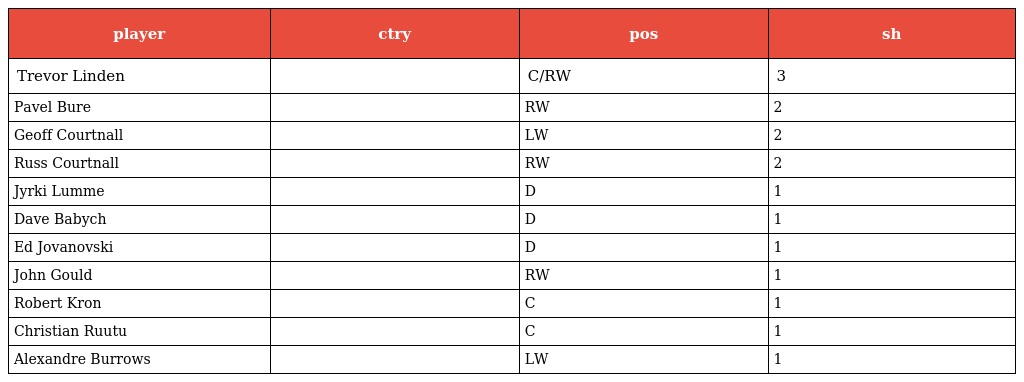
| player | ctry | pos | sh |
 | --- | --- | --- | --- |
 | Trevor Linden |  | C/RW | 3 |
 | Pavel Bure |  | RW | 2 |
 | Geoff Courtnall |  | LW | 2 |
 | Russ Courtnall |  | RW | 2 |
 | Jyrki Lumme |  | D | 1 |
 | Dave Babych |  | D | 1 |
 | Ed Jovanovski |  | D | 1 |
 | John Gould |  | RW | 1 |
 | Robert Kron |  | C | 1 |
 | Christian Ruutu |  | C | 1 |
 | Alexandre Burrows |  | LW | 1 |